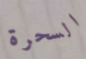
السحرة